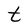
Character: t